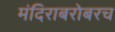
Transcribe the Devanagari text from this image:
मंदिराबरोबरच